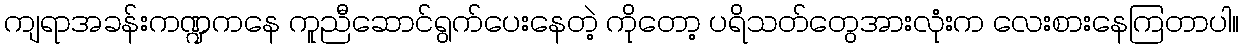
ကျရာအခန်းကဏ္ဍကနေ ကူညီဆောင်ရွက်ပေးနေတဲ့ ကိုတော့ ပရိသတ်တွေအားလုံးက လေးစားနေကြတာပါ။